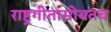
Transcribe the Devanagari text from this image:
राष्ट्रगीतासोबतच